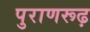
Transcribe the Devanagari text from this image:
पुराणरूढ़